Indian journal of veterinary science and animal husbandry - Volumes 18-21, 1948-1951
Year: 1948
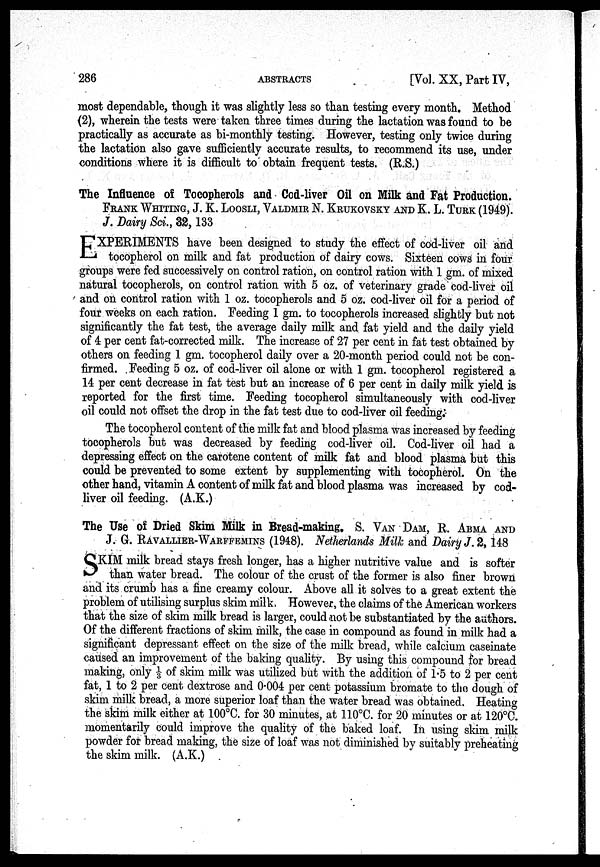
286
ABSTRACTS
[Vol. XX, Part IV,
most dependable, though it was slightly less so than testing every month. Method
(2), wherein the tests were taken three times during the lactation was found to be
practically as accurate as bi-monthly testing. However, testing only twice during
the lactation also gave sufficiently accurate results, to recommend its use, under
conditions where it is difficult to obtain frequent tests. (R.S.)
The Influence of Tocopherols and Cod-liver Oil on Milk and Fat Production.
FRANK WHITING, J. K. LOOSLI, VALDMIR N. KRUKOVSKY AND K. L. TURK (1949).
J. Dairy Sci., 32, 133
E XPERIMENTS have been designed to study the effect of cod-liver oil and
tocopherol on milk and fat production of dairy cows. Sixteen cows in four
groups were fed successively on control ration, on control ration with 1 gm. of mixed
natural tocopherols, on control ration with 5 oz. of veterinary grade cod-liver oil
and on control ration with 1 oz. tocopherols and 5 oz. cod-liver oil for a period of
four weeks on each ration. Feeding 1 gm. to tocopherols increased slightly but not
significantly the fat test, the average daily milk and fat yield and the daily yield
of 4 per cent fat-corrected milk. The increase of 27 per cent in fat test obtained by
others on feeding 1 gm. tocopherol daily over a 20-month period could not be con-
firmed. Feeding 5 oz. of cod-liver oil alone or with 1 gm. tocopherol registered a
14 per cent decrease in fat test but an increase of 6 per cent in daily milk yield is
reported for the first time. Feeding tocopherol simultaneously with cod-liver
oil could not offset the drop in the fat test due to cod-liver oil feeding.
The tocopherol content of the milk fat and blood plasma was increased by feeding
tocopherols but was decreased by feeding cod-liver oil. Cod-liver oil had a
depressing effect on the carotene content of milk fat and blood plasma but this
could be prevented to some extent by supplementing with tocopherol. On the
other hand, vitamin A content of milk fat and blood plasma was increased by cod-
liver oil feeding. (A.K.)
The Use of Dried Skim Milk in Bread-making. S. VAN DAM, R. ABMA AND
J. G. RAVALLIER-WARFFEMINS (1948). Netherlands Milk and Dairy J. 2, 148
S KIM milk bread stays fresh longer, has a higher nutritive value and is softer
than water bread. The colour of the crust of the former is also finer brown
and its crumb has a fine creamy colour. Above all it solves to a great extent the
problem of utilising surplus skim milk, However, the claims of the American workers
that the size of skim milk bread is larger, could not be substantiated by the authors.
Of the different fractions of skim milk, the case in compound as found in milk had a
significant depressant effect on the size of the milk bread, while calcium caseinate
caused an improvement of the baking quality. By using this compound for bread
making, only 1/3 of skim milk was utilized but with the addition of 1.5 to 2 per cent
fat, 1 to 2 per cent dextrose and 0.004 per cent potassium bromate to the dough of
skim milk bread, a more superior loaf than the water bread was obtained. Heating
the skim milk either at 100ºC. for 30 minutes, at 110ºC. for 20 minutes or at 120ºC.
momentarily could improve the quality of the baked loaf. In using skim milk
powder for bread making, the size of loaf was not diminished by suitably preheating
the skim milk. (A.K.)